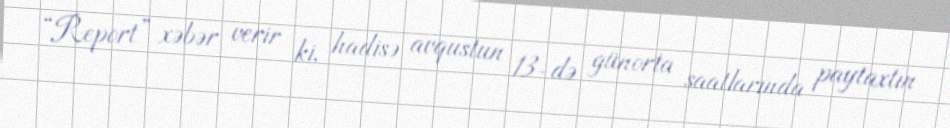
“Report” xəbər verir ki, hadisə avqustun 13-də günorta saatlarında paytaxtın